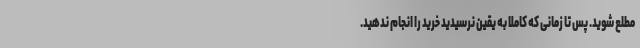
مطلع شوید. پس تا زمانی که کاملا به یقین نرسیدید خرید را انجام ندهید.